Civil Veterinary Dept. Assam report 1927-50 - 1927-1950
Year: 1927
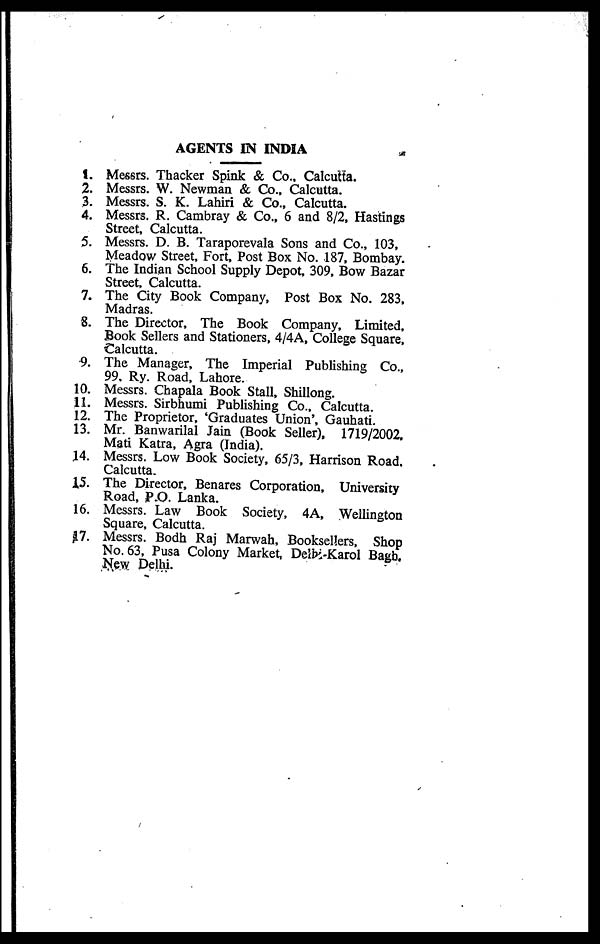
AGENTS IN INDIA
1. Messrs. Thacker Spink & Co., Calcutta.
2. Messrs. W. Newman & Co., Calcutta.
3. Messrs. S. K. Lahiri & Co., Calcutta.
4. Messrs. R. Cambray & Co., 6 and 8/2, Hastings
Street, Calcutta.
5. Messrs. D. B. Taraporevala Sons and Co., 103,
Meadow Street, Fort, Post Box No. 187, Bombay.
6. The Indian School Supply Depot, 309, Bow Bazar
Street, Calcutta.
7. The City Book Company, Post Box No. 283,
Madras.
8. The Director, The Book Company, Limited,
Book Sellers and Stationers, 4/4A, College Square,
Calcutta.
9. The Manager, The Imperial Publishing Co.,
99, Ry. Road, Lahore.
10. Messrs. Chapala Book Stall, Shillong.
11. Messrs. Sirbhumi Publishing Co., Calcutta.
12. The Proprietor, 'Graduates Union', Gauhati.
13. Mr. Banwarilal Jain (Book Seller), 1719/2002.
Mati Katra, Agra (India).
14. Messrs. Low Book Society, 65/3, Harrison Road.
Calcutta.
15. The Director, Benares Corporation, University
Road, P.O. Lanka.
16. Messrs. Law Book Society, 4A, Wellington
Square, Calcutta.
17. Messrs. Bodh Raj Marwah, Booksellers, Shop
No. 63, Pusa Colony Market, Delhi-Karol Bagh.
New Delhi.